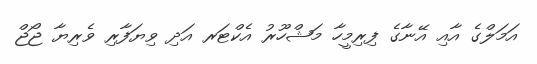
އަމަލްގެ އާއި އޭނާގެ ފިރިމީހާ މަޝްހޫރު އެކްޓަރ އަދި ވިޔަފާރި ވެރިޔާ ޖޯޖް